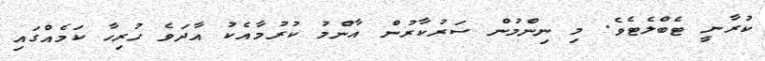
ކުރާނީ ޓެބްލެޓެވެ. މި ނިންމުން ސަރުކާރުން އާންމު ކުރުމާއެކު އާދަވެ ހުރިހާ ކަމެއްގައި